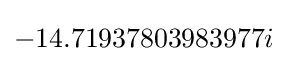
-14.71937803983977i